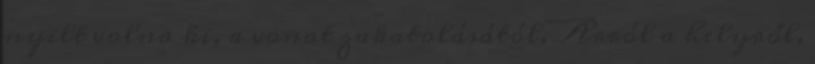
nyilt volna ki, a vonat zakatolásától. Arról a helyről,